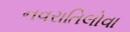
નવરાતિલોવા